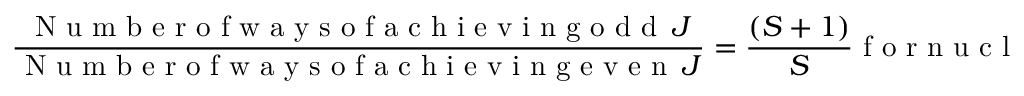
\frac { \mathrm { ~ N ~ u ~ m ~ b ~ e ~ r ~ o ~ f ~ w ~ a ~ y ~ s ~ o ~ f ~ a ~ c ~ h ~ i ~ e ~ v ~ i ~ n ~ g ~ o ~ d ~ d ~ } \, J } { \mathrm { ~ N ~ u ~ m ~ b ~ e ~ r ~ o ~ f ~ w ~ a ~ y ~ s ~ o ~ f ~ a ~ c ~ h ~ i ~ e ~ v ~ i ~ n ~ g ~ e ~ v ~ e ~ n ~ } \, J } = \frac { ( S + 1 ) } { S } \mathrm { ~ f ~ o ~ r ~ n ~ u ~ c ~ l ~ e ~ i ~ w ~ i ~ t ~ h ~ h ~ a ~ l ~ f ~ i ~ n ~ t ~ e ~ g ~ r ~ a ~ l ~ s ~ p ~ i ~ n ~ ; ~ a ~ n ~ d ~ }